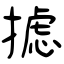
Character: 摅